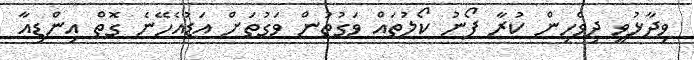
ވިދާޅުވީ ދިވެހިން ކުރާ ފޯނު ކޯލުތައް ވަގުތުން ވަގުތަށް އަޑުއެހޭނެ ގޮތް އިންޑިއާ